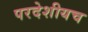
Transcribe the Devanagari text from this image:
परदेशीयच